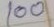
100